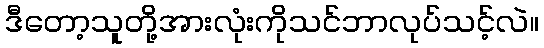
ဒီတော့သူတို့အားလုံးကိုသင်ဘာလုပ်သင့်လဲ။